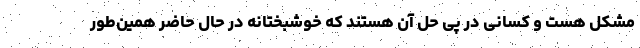
مشکل هست و کسانی در پی حل آن هستند که خوشبختانه در حال حاضر همین‌طور